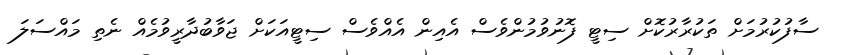
ސާފުކުރުމަށް ތަކުރާރުކޮށް ސިޓީ ފޮނުވުމުންވެސް އެއިން އެއްވެސް ސިޓީއަކަށް ޖަވާބުދާރީވުމެއް ނެތި މައްސަލަ